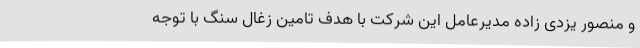
و منصور یزدی زاده مدیرعامل این شرکت با هدف تامین زغال سنگ با توجه